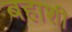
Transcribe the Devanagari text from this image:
बहाशी